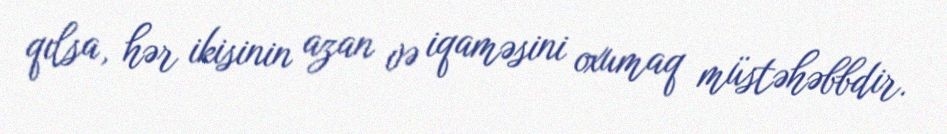
qılsa, hər ikisinin azan və iqaməsini oxumaq müstəhəbbdir.